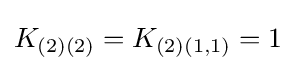
K_{(2)(2)}=K_{(2)(1,1)}=1